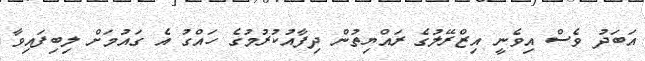
އަބަދު ވެސް އިވެނީ އިޒްރޭލުގެ ރައްޔިތުން ދިފާއުކުރުމުގެ ހައްގު އެ ގައުމަށް ލިބިފައިވާ